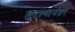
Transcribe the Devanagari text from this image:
लुटल्यानंतर